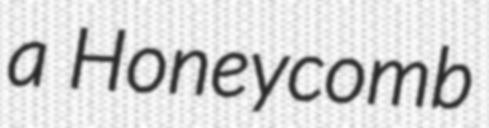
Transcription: a Honeycomb